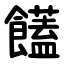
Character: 饚